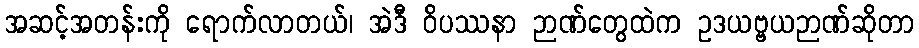
အဆင့်အတန်းကို ရောက်လာတယ်၊ အဲဒီ ဝိပဿနာ ဉာဏ်တွေထဲက ဥဒယဗ္ဗယဉာဏ်ဆိုတာ